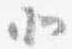
北